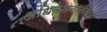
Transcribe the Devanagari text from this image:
अधिवेशनानंतरही